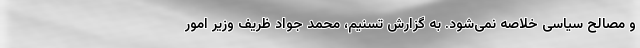
و مصالح سیاسی خلاصه نمی‌شود. به گزارش تسنیم، محمد جواد ظریف وزیر امور